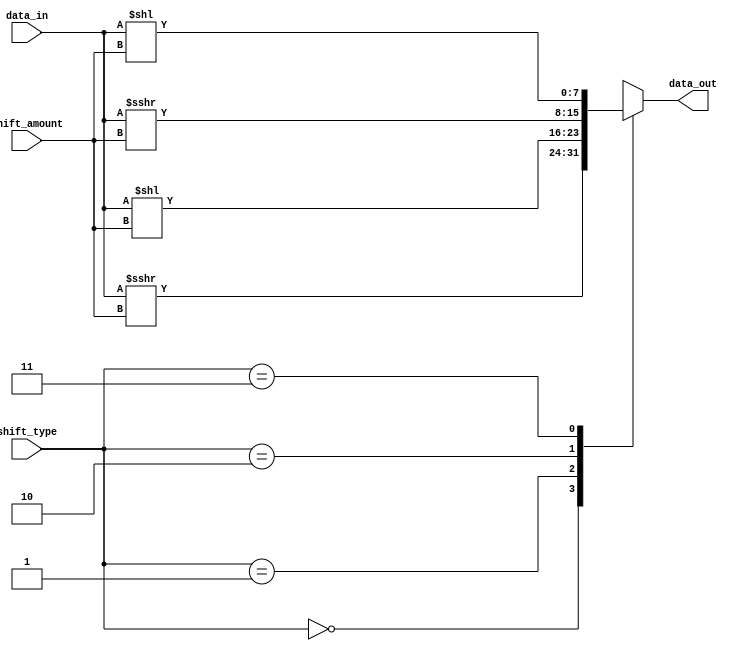
module Sparse_Barrel_Shifter (
  input [7:0] data_in,
  input [2:0] shift_amount,
  input [1:0] shift_type, //  00: logical_right shift, 01: logical_left_shift, 10: arithmetic_right shift, 11: arithmetic_left_shift
  output reg [7:0] data_out
);

// Input and output registers
reg [7:0] data_reg;

// Arithmetic logic unit
always @*
begin
  case(shift_type)
    2'b00: data_reg = data_in >>> shift_amount; // logical_right shift
    2'b01: data_reg = data_in << shift_amount; // logical_left shift
    2'b10: data_reg = $signed(data_in) >>> shift_amount; // arithmetic_right shift
    2'b11: data_reg = $signed(data_in) << shift_amount; // arithmetic_left shift
  endcase
end

// Multiplexers to select shifted data based on control signals
always @*
begin
  case(shift_type)
    2'b00: data_out = data_in >>> shift_amount; // logical_right shift
    2'b01: data_out = data_in << shift_amount; // logical_left shift
    2'b10: data_out = $signed(data_in) >>> shift_amount; // arithmetic_right shift
    2'b11: data_out = $signed(data_in) << shift_amount; // arithmetic_left shift
  endcase
end

endmodule